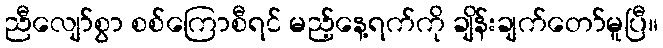
ညီလျော်စွာ စစ်ကြောစီရင် မည့်နေ့ရက်ကို ချိန်းချက်တော်မူပြီ။